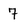
Character: 7